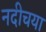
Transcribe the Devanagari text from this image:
नदीचया